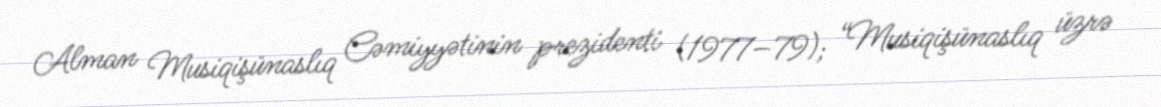
Alman Musiqişünaslıq Cəmiyyətinin prezidenti (1977–79); “Musiqişünaslıq üzrə